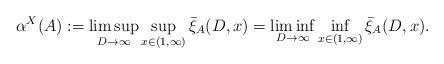
LaTeX: \begin{align*}\alpha^X(A) := \limsup_{D \rightarrow \infty} \sup_{x \in (1,\infty)} \bar{\xi}_A(D,x) = \liminf_{D \rightarrow \infty} \inf_{x \in (1,\infty)} \bar{\xi}_A(D,x).\end{align*}